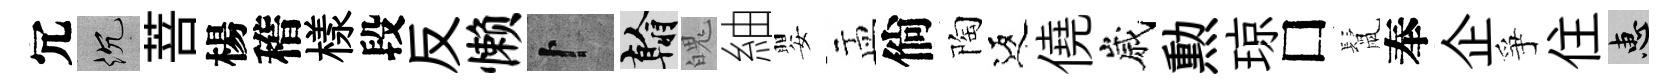
冗沉菩楊稽樣段反懒卜翰魄紬嬰盂倘陶返僥嵗勲琼□鬛奉企爭住惠